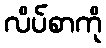
လိပ်စာကို